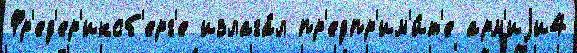
Фр'ед'ер'иксб'ерг'е излага́л пр'едпр'им'и́т'е арм'иjи4